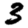
Digit: 3